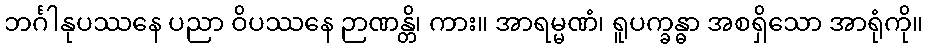
ဘင်္ဂါနုပဿနေ ပညာ ဝိပဿနေ ဉာဏန္တိ၊ ကား။ အာရမ္မဏံ၊ ရူပက္ခန္ဓာ အစရှိသော အာရုံကို။